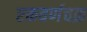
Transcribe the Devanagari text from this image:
एकवर्णचक्र